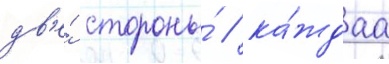
дв'е́ стороны́ / ка́ждаа